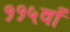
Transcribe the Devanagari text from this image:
११५वाँ